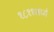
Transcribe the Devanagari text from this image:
१८११मध्ये